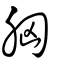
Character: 胷